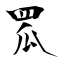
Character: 罛